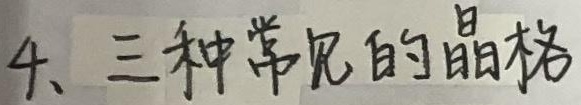
4、三种常见的晶格